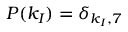
P ( k _ { I } ) = \delta _ { k _ { I } , 7 }